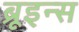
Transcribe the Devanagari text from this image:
ब्रूइन्स